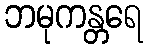
ဘမုကန္တရေ